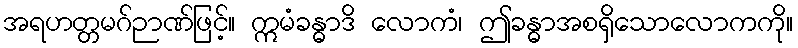
အရဟတ္တမဂ်ဉာဏ်ဖြင့်။ ဣမံခန္ဓာဒိ လောကံ၊ ဤခန္ဓာအစရှိသောလောကကို။